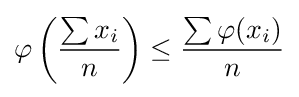
\varphi \left({\frac {\sum x_{i}}{n}}\right)\leq {\frac {\sum \varphi (x_{i})}{n}}